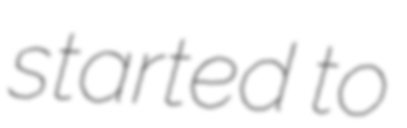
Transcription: started to